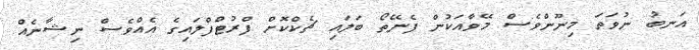
އަނބު ނުވަތަ މިނޫންވެސް މޭވާއަކުން ފެނޭތޯ ބަލައި ޗެކްކޮށް ފްރުޓްފްލައިގެ އެއްވެސް ނިޝާނެއް